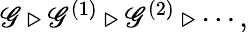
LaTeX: \mathscr{G}\triangleright\mathscr{G}^{(1)}\triangleright\mathscr{G}^{(2)}\triangleright\cdots,